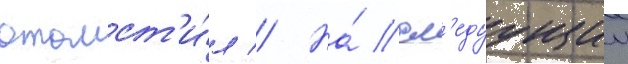
отомст'и́л // На́ сл'едуущии